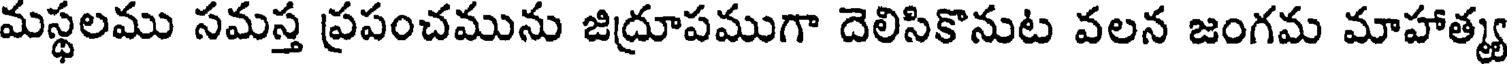
మస్థలము సమస్త ప్రపంచమును జిద్రూపముగా దెలిసికొనుట వలన జంగమ మాహాత్మ్య